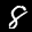
Label: 8